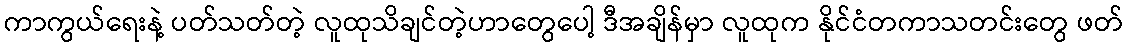
ကာကွယ်ရေးနဲ့ ပတ်သတ်တဲ့ လူထုသိချင်တဲ့ဟာတွေပေါ့ ဒီအချိန်မှာ လူထုက နိုင်ငံတကာသတင်းတွေ ဖတ်